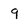
Character: q